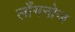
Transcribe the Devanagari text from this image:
लाँगनोज